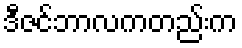
ဒီဇင်ဘာလကတည်းက